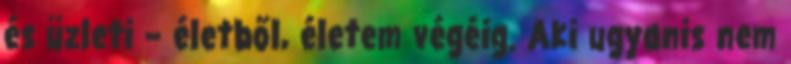
és üzleti – életből, életem végéig. Aki ugyanis nem